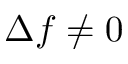
\Delta f \neq 0